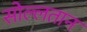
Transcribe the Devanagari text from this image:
सोल्लतान